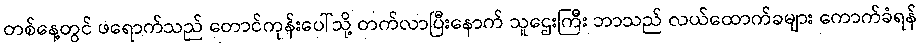
တစ်နေ့တွင် ဖရောက်သည် တောင်ကုန်းပေါ်သို့ တက်လာပြီးနောက် သူဌေးကြီး ဘာသည် လယ်ထောက်ခများ ကောက်ခံရန်